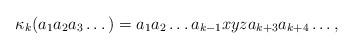
LaTeX: \begin{align*}\kappa_k(a_1 a_2 a_3 \dots ) = a_1 a_2 \dots a_{k-1} x y z a_{k+3} a_{k+4} \dots,\end{align*}